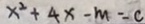
x ^ { 2 } + 4 x - m = c